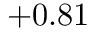
+ 0 . 8 1